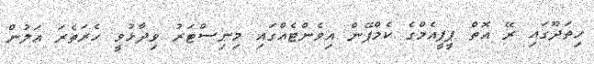
ހިތަދޫގައި ރޭ އޮތް ޕީޕީއެމްގެ ކެމްޕޭން އިވެންޓެއްގައި މިނިސްޓަރު ވިދާޅުވީ ހެރަތެރަ އަލުން